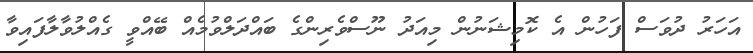
އަހަރު ދުވަސް ފަހުން އެ ކޮމިޝަނުން މިއަދު ނޫސްވެރިންގެ ބައްދަލްވުމެއް ބޭއްވީ ގެއްލުވާލާފައިވާ